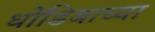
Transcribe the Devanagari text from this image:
धोंडिबाच्या